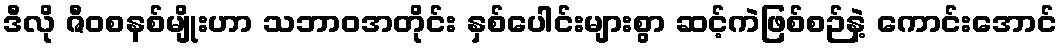
ဒီလို ဇီဝစနစ်မျိုးဟာ သဘာဝအတိုင်း နှစ်ပေါင်းများစွာ ဆင့်ကဲဖြစ်စဉ်နဲ့ ကောင်းအောင်